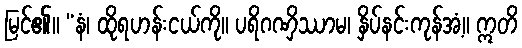
မြင်၏။ “နံ၊ ထိုရဟန်းငယ်ကို။ ပရိဂဏှိဿာမ၊ နှိပ်နင်းကုန်အံ့။ ဣတိ